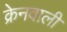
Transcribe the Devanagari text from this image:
क्रेनवाली